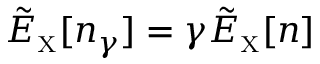
\tilde { E } _ { \scriptscriptstyle \mathrm { X } } [ n _ { \gamma } ] = \gamma \tilde { E } _ { \scriptscriptstyle \mathrm { X } } [ n ]